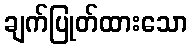
ချက်ပြုတ်ထားသော